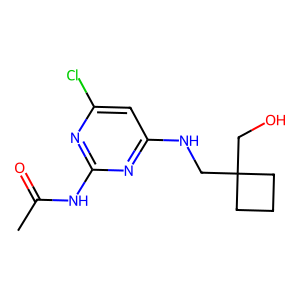
SMILES: CC(=O)Nc1nc(Cl)cc(NCC2(CO)CCC2)n1
Inhibits HIV replication: No